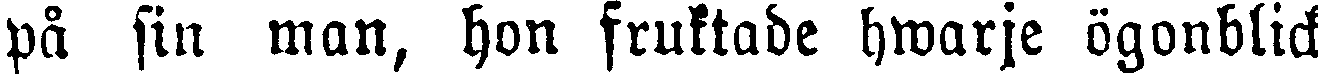
pä sin man, hon fruktade hwarje ögonblick